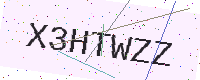
Text: X3HTWZZ